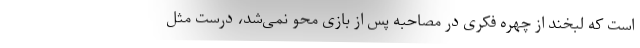
است که لبخند از چهره فکری در مصاحبه پس از بازی محو نمی‌شد، درست مثل